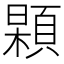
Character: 𩓢